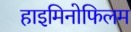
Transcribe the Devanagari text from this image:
हाइमिनोफिलम